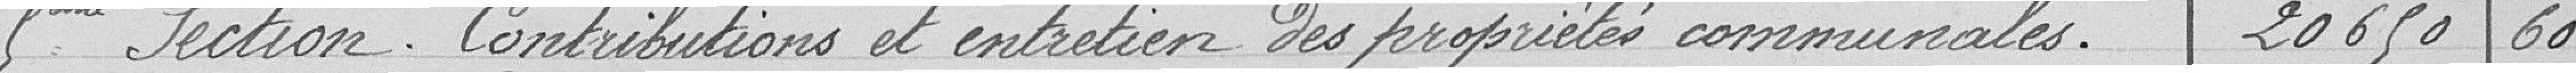
5ème Section. Contributions et entretien des propriétés communales. 20 650,60